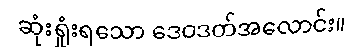
ဆုံးရှုံးရသော ဒေဝဒတ်အလောင်း။